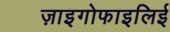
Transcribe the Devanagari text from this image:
ज़ाइगोफाइलिई